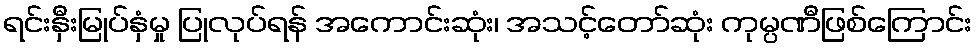
ရင်းနှီးမြုပ်နှံမှု ပြုလုပ်ရန် အကောင်းဆုံး၊ အသင့်တော်ဆုံး ကုမ္ပဏီဖြစ်ကြောင်း